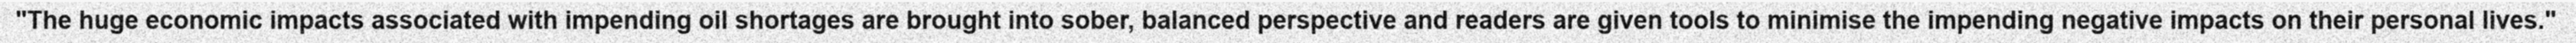
"The huge economic impacts associated with impending oil shortages are brought into sober, balanced perspective and readers are given tools to minimise the impending negative impacts on their personal lives."